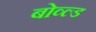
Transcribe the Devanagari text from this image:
बोव्ल्ड